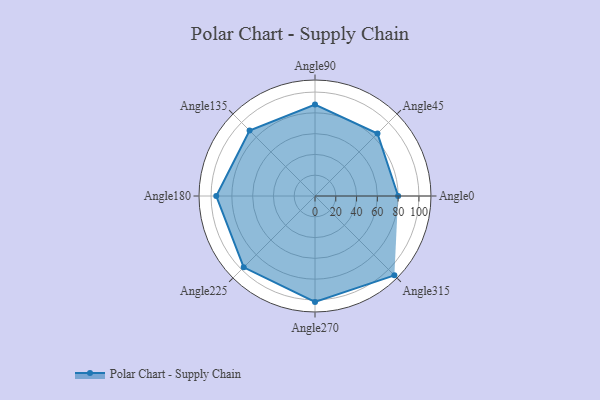
{"axis": {"x": "Angle", "y": "Radius"}, "legend": [""], "data": [{"x": "Angle0", "y": 80.0, "type": ""}, {"x": "Angle45", "y": 85.0, "type": ""}, {"x": "Angle90", "y": 88.0, "type": ""}, {"x": "Angle135", "y": 89.0, "type": ""}, {"x": "Angle180", "y": 95.0, "type": ""}, {"x": "Angle225", "y": 97.0, "type": ""}, {"x": "Angle270", "y": 102.0, "type": ""}, {"x": "Angle315", "y": 108.0, "type": ""}]}